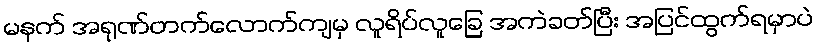
မနက် အရုဏ်တက်လောက်ကျမှ လူရိပ်လူခြေ အကဲခတ်ပြီး အပြင်ထွက်ရမှာပဲ